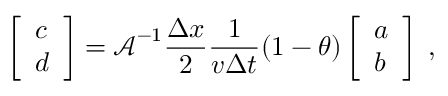
\left[ \begin{array} { l } { c } \\ { d } \end{array} \right] = \boldsymbol { \mathcal { A } } ^ { - 1 } \frac { \Delta x } { 2 } \frac { 1 } { v \Delta t } ( 1 - \theta ) \left[ \begin{array} { l } { a } \\ { b } \end{array} \right] \; ,